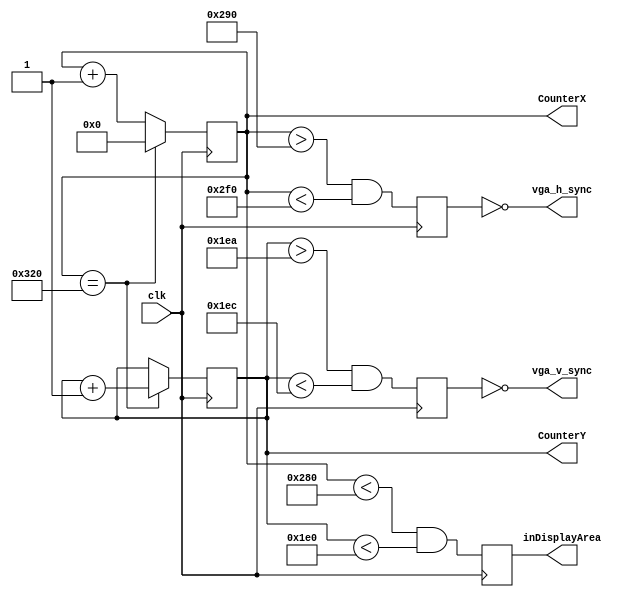
module hvsync_generator(
    input clk,
    output vga_h_sync,
    output vga_v_sync,
    output reg inDisplayArea,
    output reg [9:0] CounterX,
    output reg [8:0] CounterY
  );
    reg vga_HS, vga_VS;

    wire CounterXmaxed = (CounterX == 800); // 16 + 48 + 96 + 640
    wire CounterYmaxed = (CounterY == 525); // 10 + 2 + 33 + 480

    always @(posedge clk)
    if (CounterXmaxed)
      CounterX <= 0;
    else
      CounterX <= CounterX + 1;

    always @(posedge clk)
    begin
      if (CounterXmaxed)
      begin
        if(CounterYmaxed)
          CounterY <= 0;
        else
          CounterY <= CounterY + 1;
      end
    end

    always @(posedge clk)
    begin
      vga_HS <= (CounterX > (640 + 16) && (CounterX < (640 + 16 + 96)));   // active for 96 clocks
      vga_VS <= (CounterY > (480 + 10) && (CounterY < (480 + 10 + 2)));   // active for 2 clocks
    end

    always @(posedge clk)
    begin
        inDisplayArea <= (CounterX < 640) && (CounterY < 480);
    end

    assign vga_h_sync = ~vga_HS;
    assign vga_v_sync = ~vga_VS;
endmodule